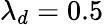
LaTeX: \lambda_{d}=0.5